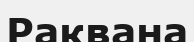
Раквана